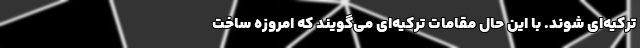
ترکیه‌ای شوند. با این حال مقامات ترکیه‌ای می‌گویند که امروزه ساخت